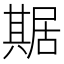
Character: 𠔴